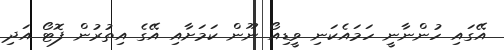
އޭގައި ހުންނާނީ ހަމައެކަނި ވީޑިއޯ ނޫން ކަމަށާއި އޭގެ އިތުރުން ފޮޓޯ އަދި